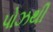
પોઝથી